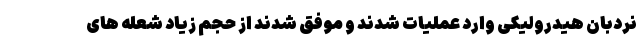
نردبان هیدرولیکی وارد عملیات شدند و موفق شدند از حجم زیاد شعله های